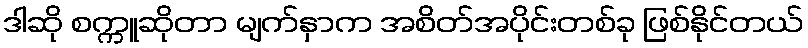
ဒါဆို စက္ကူဆိုတာ မျက်နှာက အစိတ်အပိုင်းတစ်ခု ဖြစ်နိုင်တယ်